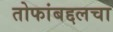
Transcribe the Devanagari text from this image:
तोफांबद्दलचा